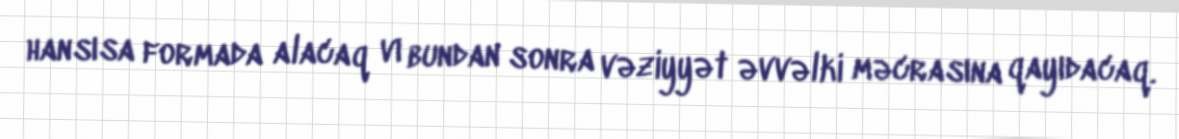
hansısa formada alacaq vı bundan sonra vəziyyət əvvəlki məcrasına qayıdacaq.